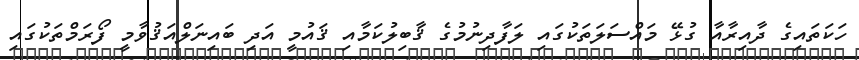
ހަކަތައިގެ ދާއިރާއާ ގުޅޭ މައްސަލަތަކުގައި ލަފާދިނުމުގެ ޤާބިލުކަމާއި ޤައުމީ އަދި ބައިނަލްއަޤުވާމީ ފޯރަމްތަކުގައި